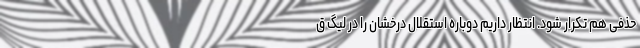
حذفی هم تکرار شود. انتظار داریم دوباره استقلال درخشان را در لیگ ق